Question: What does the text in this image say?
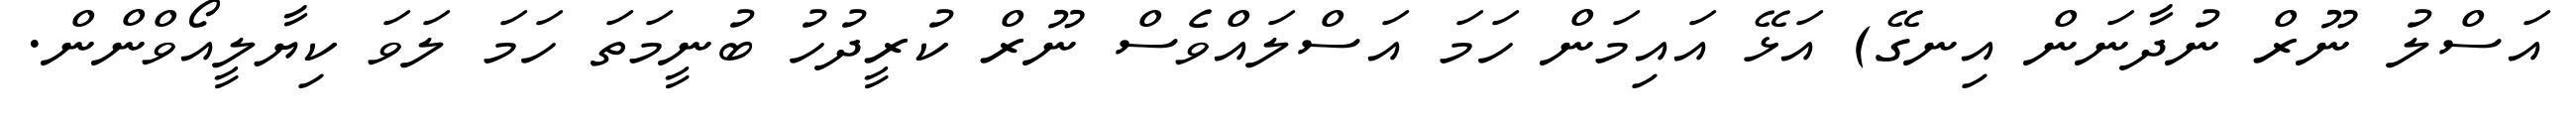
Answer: އަސްލު ނޫރް ނުދާނަން އިނގޭ) އަޅޭ އައިމަން ހަމަ އަސްލައްވެސް ނޫރް ކުރީދުހު ބުނީމަތަ ހަމަ ލަވަ ކިޔާލީއޯވްންން.